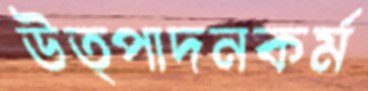
উত্পাদনকর্ম